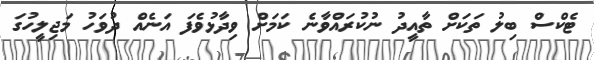
ޓެކްސް ބިލު ތަކަށް ތާއީދު ނުކުރައްވާނެ ކަމަށް ވިދާޅުވެފަ އަނެއް ދުވަހު މަޖިލީހުގަ